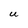
Character: U